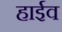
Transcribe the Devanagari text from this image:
हाईव